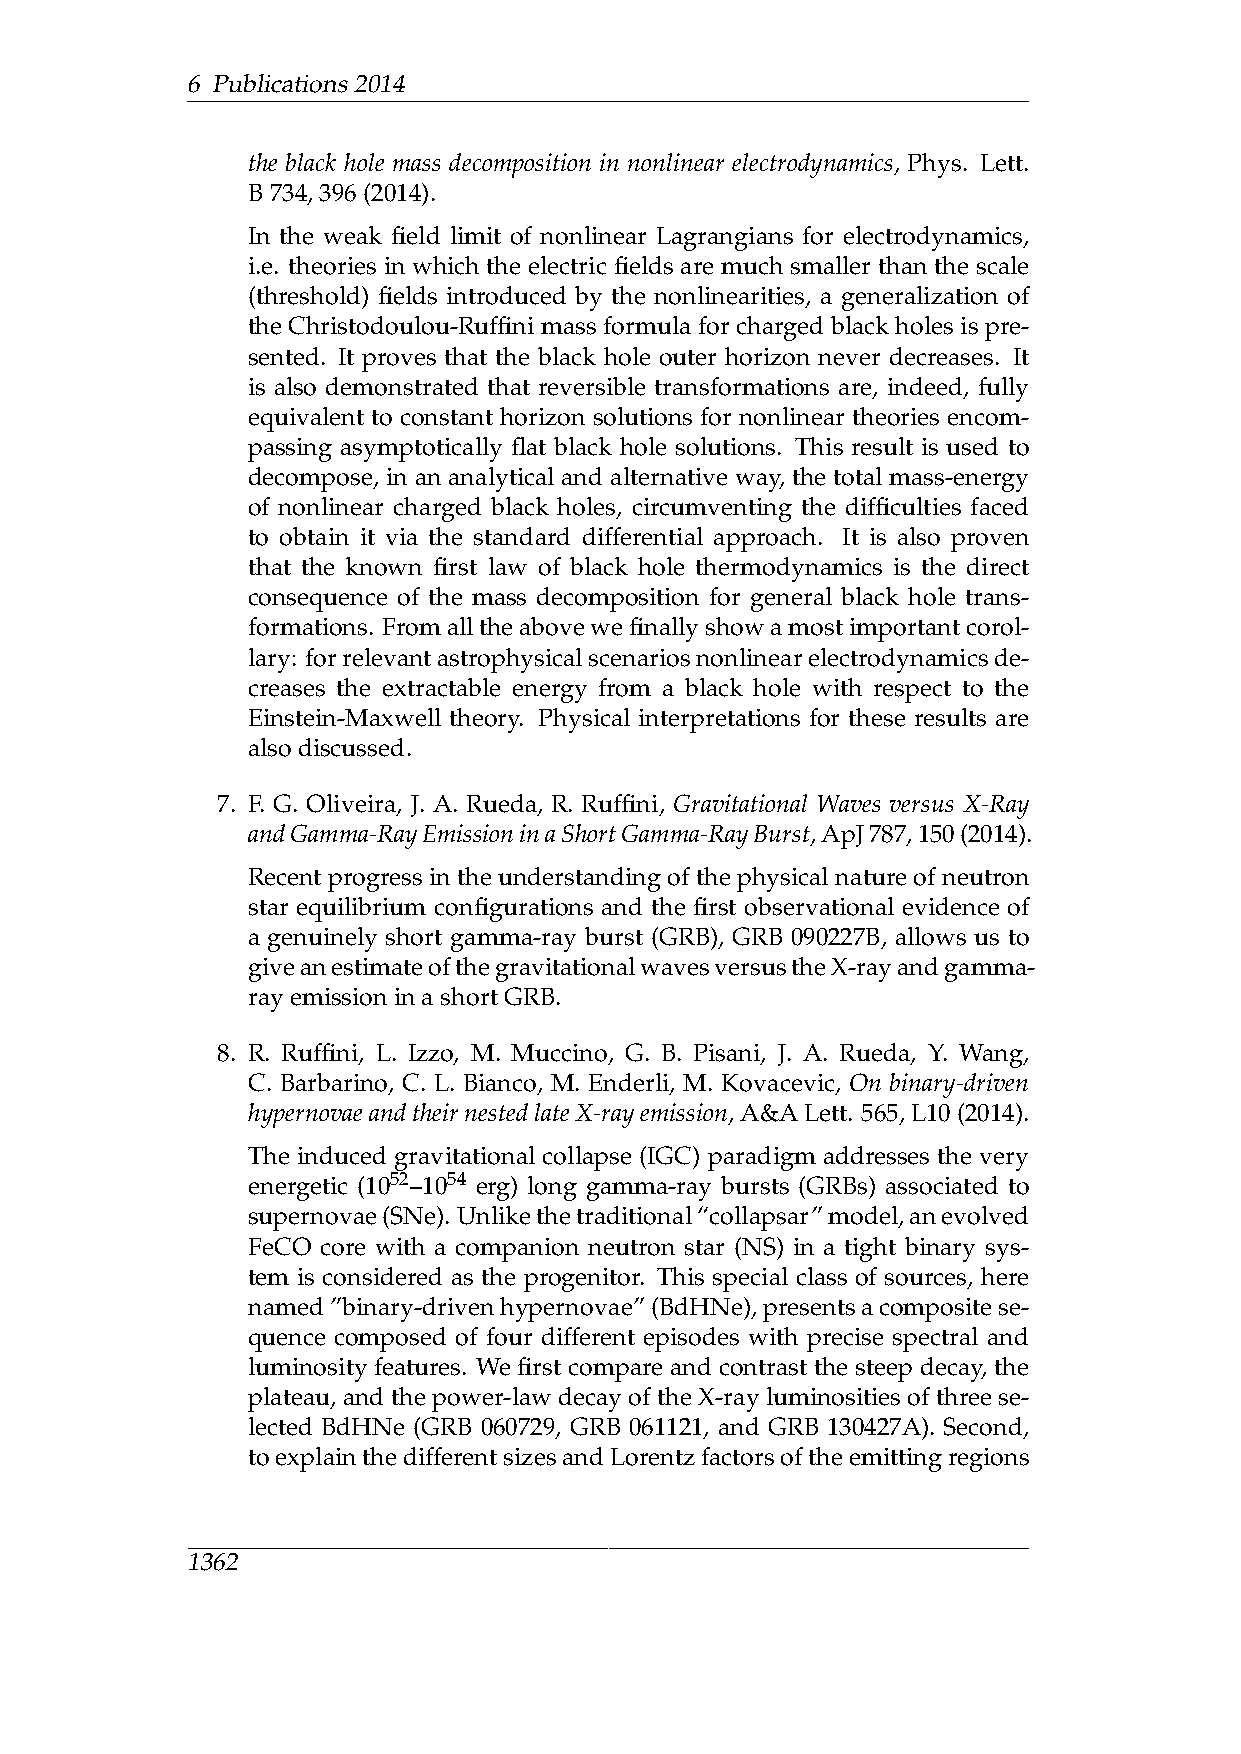
6 Publications2014
 the black hole mass decomposition in nonlinear electrodynamics, Phys. Lett.
 B734,396(2014).
 In the weak field limit of nonlinear Lagrangians for electrodynamics,
 i.e. theories in which the electric fields are much smaller than the scale
 (threshold) fields introduced by the nonlinearities, a generalization of
 the Christodoulou-Ruffini mass formula for charged black holes is pre-
 sented. It proves that the black hole outer horizon never decreases. It
 is also demonstrated that reversible transformations are, indeed, fully
 equivalent to constant horizon solutions for nonlinear theories encom-
 passing asymptotically flat black hole solutions. This result is used to
 decompose, in an analytical and alternative way, the total mass-energy
 of nonlinear charged black holes, circumventing the difficulties faced
 to obtain it via the standard differential approach. It is also proven
 that the known first law of black hole thermodynamics is the direct
 consequence of the mass decomposition for general black hole trans-
 formations. Fromalltheabovewefinallyshowamostimportantcorol-
 lary: forrelevantastrophysicalscenariosnonlinearelectrodynamicsde-
 creases the extractable energy from a black hole with respect to the
 Einstein-Maxwell theory. Physical interpretations for these results are
 alsodiscussed.
 7. F. G. Oliveira, J. A. Rueda, R. Ruffini, Gravitational Waves versus X-Ray
 andGamma-RayEmissioninaShortGamma-RayBurst,ApJ787,150(2014).
 Recent progress in the understanding of the physical nature of neutron
 star equilibrium configurations and the first observational evidence of
 a genuinely short gamma-ray burst (GRB), GRB 090227B, allows us to
 giveanestimateofthegravitationalwavesversustheX-rayandgamma-
 rayemissioninashortGRB.
 8. R. Ruffini, L. Izzo, M. Muccino, G. B. Pisani, J. A. Rueda, Y. Wang,
 C. Barbarino, C. L. Bianco, M. Enderli, M. Kovacevic, On binary-driven
 hypernovaeandtheirnestedlateX-rayemission,A&ALett. 565,L10(2014).
 The induced gravitational collapse (IGC) paradigm addresses the very
 energetic (1052–1054 erg) long gamma-ray bursts (GRBs) associated to
 supernovae(SNe). Unlikethetraditional“collapsar”model,anevolved
 FeCO core with a companion neutron star (NS) in a tight binary sys-
 tem is considered as the progenitor. This special class of sources, here
 named”binary-drivenhypernovae”(BdHNe),presentsacompositese-
 quence composed of four different episodes with precise spectral and
 luminosity features. We first compare and contrast the steep decay, the
 plateau, and the power-law decay of the X-ray luminosities of three se-
 lected BdHNe (GRB 060729, GRB 061121, and GRB 130427A). Second,
 toexplainthedifferentsizesandLorentzfactorsoftheemittingregions
 1362